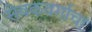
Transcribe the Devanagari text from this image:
सेवकवर्गाचा